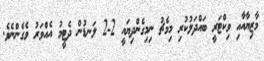
މާޒިޔާއާއި ވިކްޓަރީ ބައްދަލުކުރި މިމެޗު ނިމިގެންދިޔައީ 2-2 ލަނޑުން ދެޓީމު އެއްވަރު ވެގެންނެވެ.